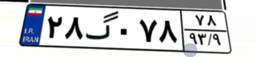
۹۶گ۹۳۴۳۶